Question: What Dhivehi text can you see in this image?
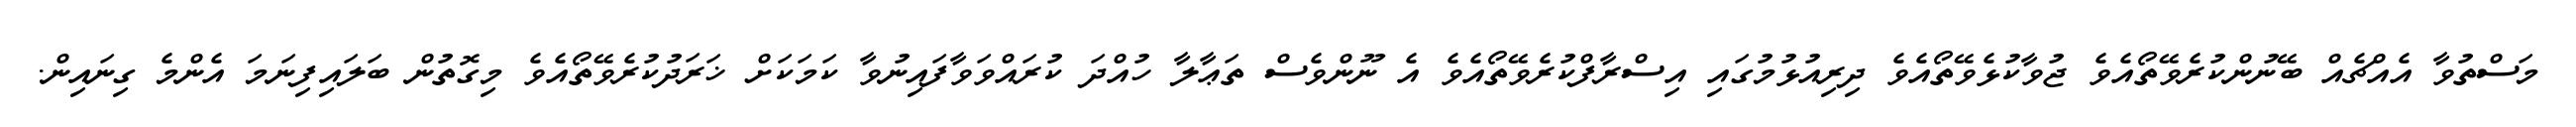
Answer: މަސްތުވާ އެއްޗެއް ބޭނުންކުރެވޭތޯއެވެ ޖުވާކުޅެވޭތޯއެވެ ދިރިއުޅުމުގައި އިސްރާފްކުރެވޭތޯއެވެ އެ ނޫންވެސް ތަޢާލާ ހުއްދަ ކުރައްވަވާފައިނުވާ ކަމަކަށް ޚަރަދުކުރެވޭތޯއެވެ މިގޮތުން ބަލައިފިނަމަ އެންމެ ގިނައިން.